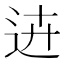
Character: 𨒍